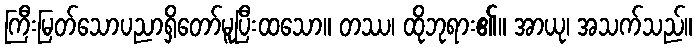
ကြီးမြတ်သောပညာရှိတော်မူပြီးထသော။ တဿ၊ ထိုဘုရား၏။ အာယု၊ အသက်သည်။